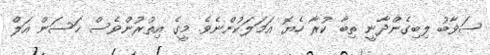
ސަވާބު ލިބިގެންދާނީ ތިބާ ކުރާ ހެޔޮ އަމަލަކުންނެވެ. މީގެ އިތުރުންވެސް ހަސަން އަލް